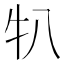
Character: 𬌙